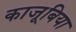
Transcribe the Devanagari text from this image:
काजूबिया